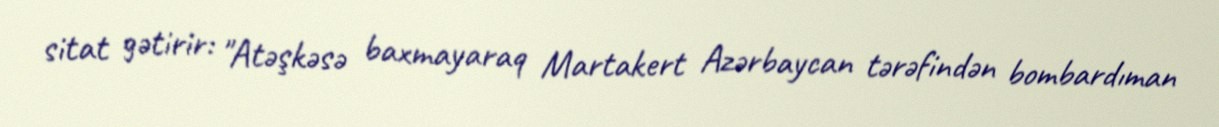
sitat gətirir: "Atəşkəsə baxmayaraq Martakert Azərbaycan tərəfindən bombardıman